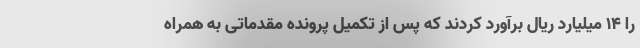
را ۱۴ میلیارد ریال برآورد کردند که پس از تکمیل پرونده مقدماتی به همراه